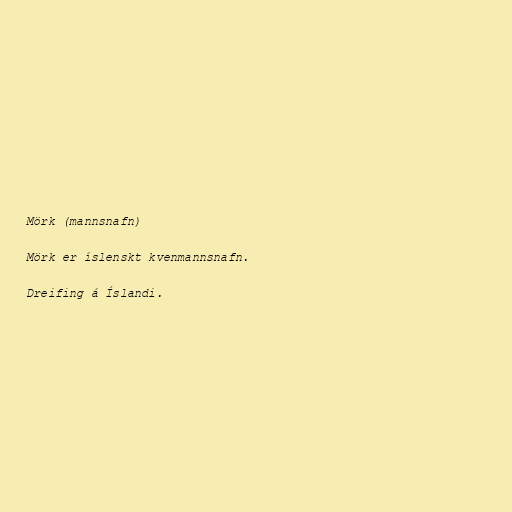
Mörk (mannsnafn)

Mörk er íslenskt kvenmannsnafn.

Dreifing á Íslandi.